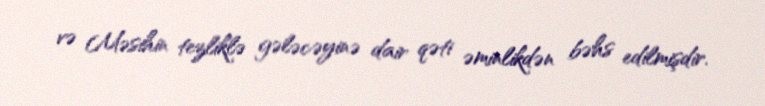
və Məsihin tezliklə gələcəyinə dair qəti əminlikdən bəhs edilmişdir.